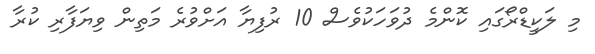
މި ލަކީޑްރޯގައި ކޮންމެ ދުވަހަކުވެސް 10 ރުފިޔާ އަށްވުރެ މަތިން ވިޔަފާރި ކުރާ